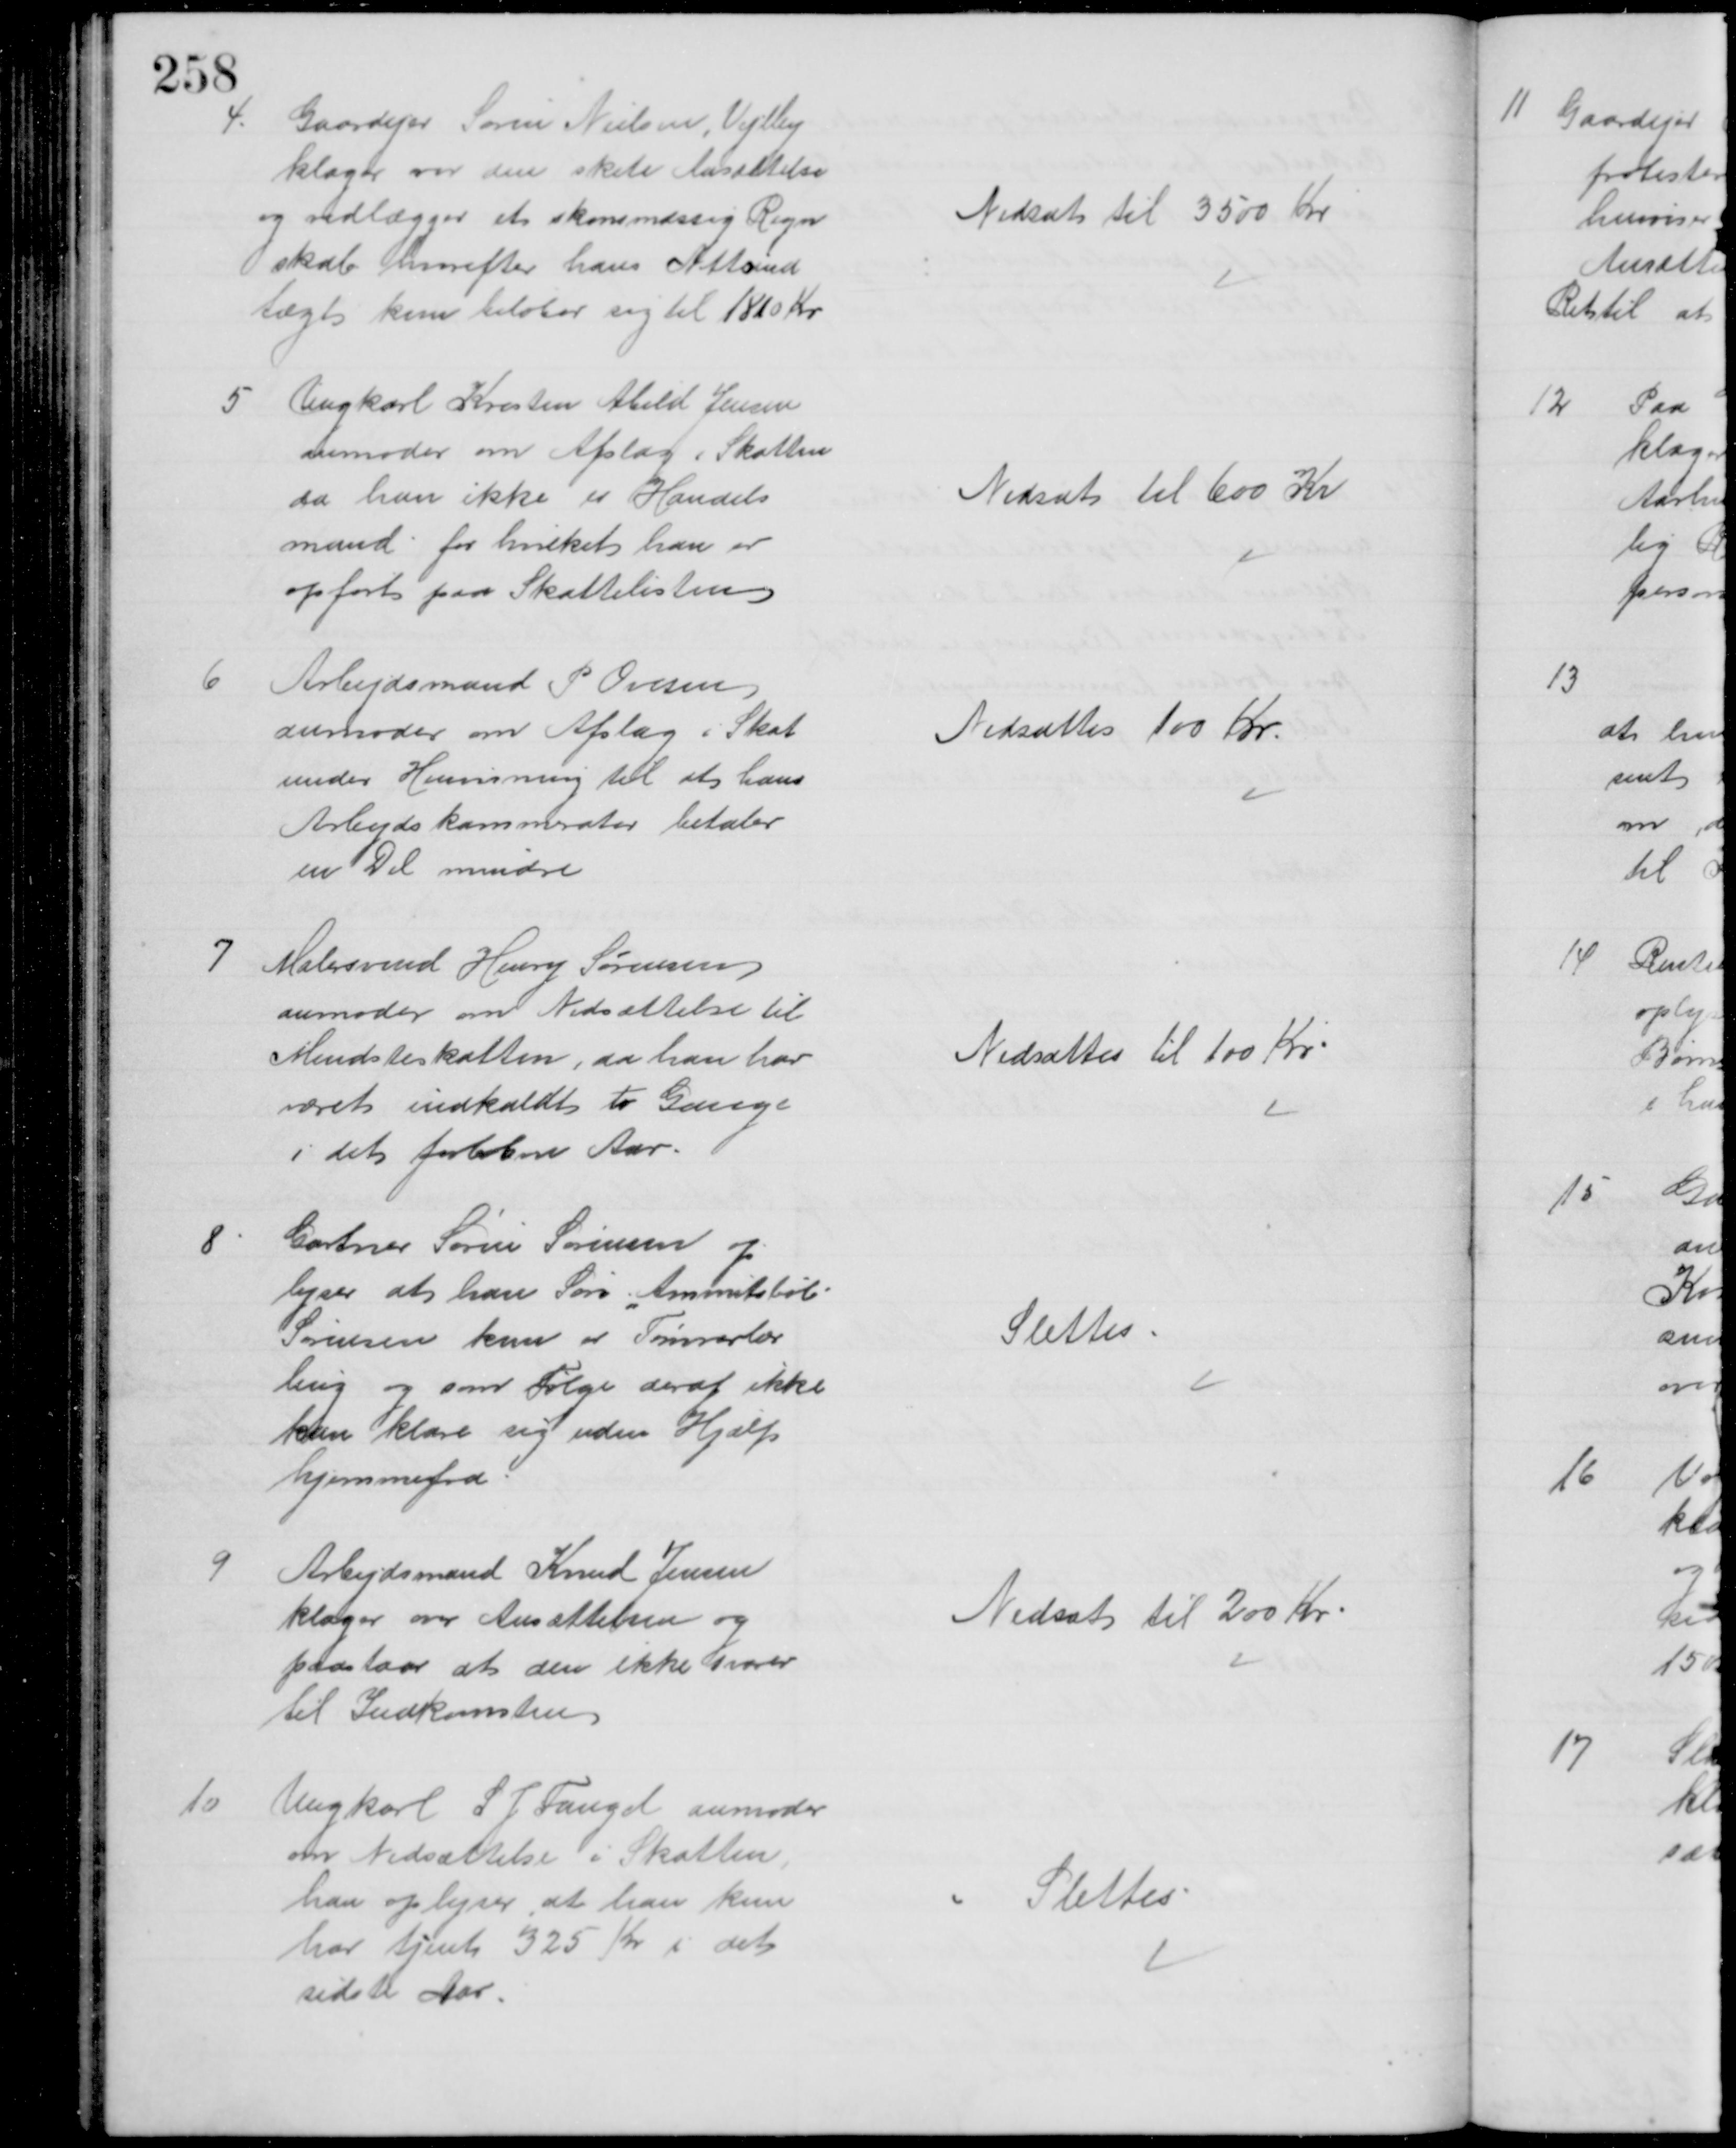
Transskription:
4.
Gaardejer Søren Nielsen, Vejlby
klager var den skete Ansættelse
og vedlægger et skønsmæssig Regn
skab hvorefter hans Nettoind
tægt kun beløber sig til 1810 Kr
Nedsat til 3500 Kr
5 Ungkarl Kresten Abild Jensen
anmoder om Afslag i Skatten
da han ikke er Handels
mand for hvilket han er
opført paa Skattelisten
Nedsat til 600 Kr
6
Arbejdsmand P Ovesen
anmoder om Afslag i Skat
under Henvisning til at hans 
Arbejdskammerater betaler
en Del mindre
Nedsattes 100 Kr
7 Malersvend Henry Sørensen
anmoder om Nedsættelse til
Mindsteskatten, da han har
været indkaldt to Gange
i det forløbne Aar.
Nedsattes til 100 Kr
8
Gartner Søren Sørensen op
lyser at han Søn "Ammitsbøl"
Sørensen kun er Tømrerlær
ling og som Følge deraf ikke
kan klare sig uden Hjælp
hjemmefra
Slettes
9
Arbejdsmand Knud Jensen
klager over Ansættelsen og
paastaar at den ikke svarer
til Indkomsten
Nedsat til 200 Kr
10
Ungkarl L J Fangel anmoder
om Nedsættelse i Skatten,
han oplyser, at han kun
har tjent 325 Kr i det
sidste Aar
Slettes